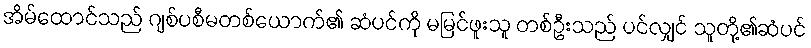
အိမ်ထောင်သည် ဂျစ်ပစီမတစ်ယောက်၏ ဆံပင်ကို မမြင်ဖူးသူ တစ်ဦးသည် ပင်လျှင် သူတို့၏ဆံပင်